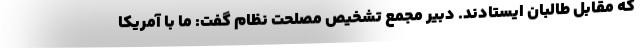
که مقابل طالبان ایستادند. دبیر مجمع تشخیص مصلحت نظام گفت: ما با آمریکا